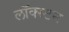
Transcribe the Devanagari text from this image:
लॉक्स्टन